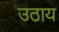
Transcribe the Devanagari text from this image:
उठाय